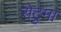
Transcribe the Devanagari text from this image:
रोटुमा